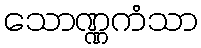
သောဏ္ဏကံသာ